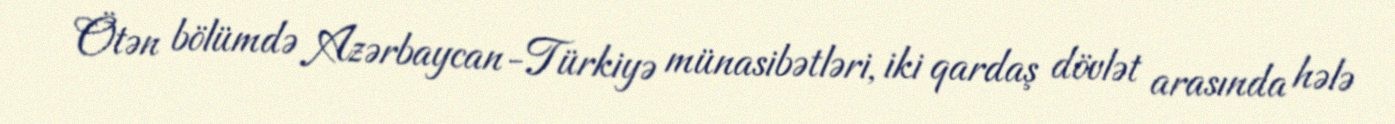
Ötən bölümdə Azərbaycan-Türkiyə münasibətləri, iki qardaş dövlət arasında hələ